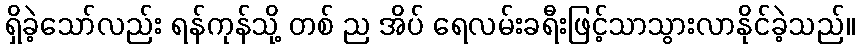
ရှိခဲ့သော်လည်း ရန်ကုန်သို့ တစ် ည အိပ် ရေလမ်းခရီးဖြင့်သာသွားလာနိုင်ခဲ့သည်။